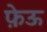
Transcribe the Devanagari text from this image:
फ़ेऊ